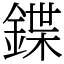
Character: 鍱